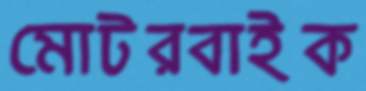
মোটরবাইক